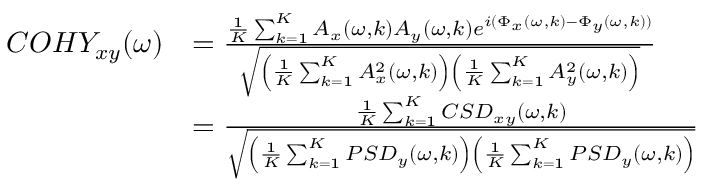
\begin{array} { r l } { C O H Y _ { x y } ( \omega ) } & { = \frac { \frac { 1 } { K } \sum _ { k = 1 } ^ { K } A _ { x } ( \omega , k ) A _ { y } ( \omega , k ) e ^ { i ( \Phi _ { x } ( \omega , k ) - \Phi _ { y } ( \omega , k ) ) } } { \sqrt { \left( \frac { 1 } { K } \sum _ { k = 1 } ^ { K } A _ { x } ^ { 2 } ( \omega , k ) \right) \left( \frac { 1 } { K } \sum _ { k = 1 } ^ { K } A _ { y } ^ { 2 } ( \omega , k ) \right) } } } \\ & { = \frac { \frac { 1 } { K } \sum _ { k = 1 } ^ { K } C S D _ { x y } ( \omega , k ) } { \sqrt { \left( \frac { 1 } { K } \sum _ { k = 1 } ^ { K } P S D _ { y } ( \omega , k ) \right) \left( \frac { 1 } { K } \sum _ { k = 1 } ^ { K } P S D _ { y } ( \omega , k ) \right) } } } \end{array}